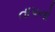
તાપનો